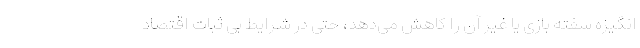
انگیزه سفته بازی یا غیر آن را کاهش می‌دهد، حتی در شرایط بی ثبات اقتصاد